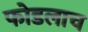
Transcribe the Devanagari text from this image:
फोडलाच